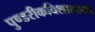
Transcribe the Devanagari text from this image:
पुण्डरीकविशालाक्षौ